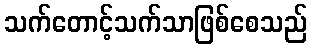
သက်တောင့်သက်သာဖြစ်စေသည်